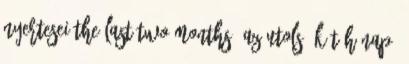
nyertesei The Last Two Months Az utolsó két hónap